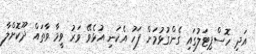
އަދި ހޮސްޕިޓަލުގައި ގެންގުޅުމަށް ފަހު އެކަނި އުޅެވޭ ވަރު ވީމާ ވާތައް ދޫކޮށްލާ